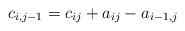
LaTeX: \begin{align*}c_{i,j-1}=c_{ij}+a_{ij}-a_{i-1,j}\end{align*}